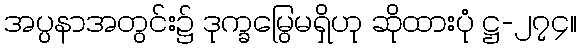
အပ္ပနာအတွင်း၌ ဒုက္ခမြွေမရှိဟု ဆိုထားပုံ ဋ္ဌ-၂၇၄။